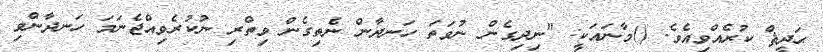
ޙަދީޘް ކުރެއްވިއެވެ. ()މާނައަކީ: "ނިދިގެން ނުވަތަ ހަނދާން ނެތިގެން ވިތްރި ނުކުރެވިއްޖެނަމަ ހަނދާންވި